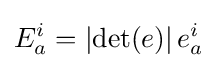
E_{a}^{i}=\left|\det(e)\right|e_{a}^{i}